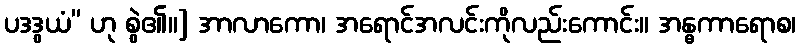
ပဒဒွယံ” ဟု စွဲ၏။] အာလာကော၊ အရောင်အလင်းကိုလည်းကောင်း။ အန္ဓကာရောစ၊